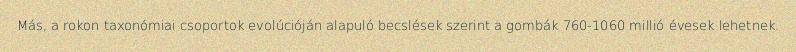
Más, a rokon taxonómiai csoportok evolúcióján alapuló becslések szerint a gombák 760-1060 millió évesek lehetnek.